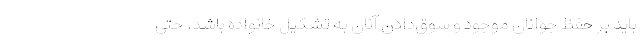
باید بر حفظ جوانان موجود و سوق‌دادن آنان به تشکیل خانواده باشد. حتی